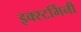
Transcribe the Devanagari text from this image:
इक्स्टर्मिनी